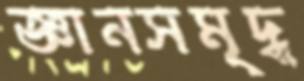
জ্ঞানসমৃদ্ধ